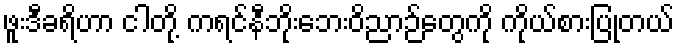
ဖူးဒီခရိဟာ ငါတို့ ကရင်နီဘိုးဘေးဝိညာဉ်တွေကို ကိုယ်စားပြုတယ်